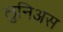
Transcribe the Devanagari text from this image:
लुनिअस